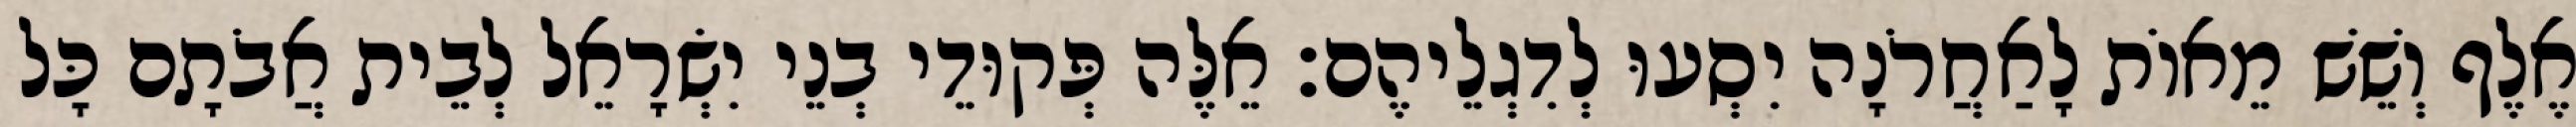
אֶלֶף וְשֵׁשׁ מֵאוֹת לָאַחֲרֹנָה יִסְעוּ לְדִגְלֵיהֶם׃ אֵלֶּה פְּקוּדֵי בְנֵי יִשְׂרָאֵל לְבֵית אֲבֹתָם כָּל